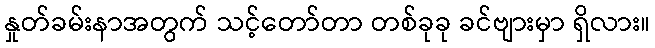
နှုတ်ခမ်းနာအတွက် သင့်တော်တာ တစ်ခုခု ခင်ဗျားမှာ ရှိလား။